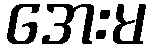
အေးမ